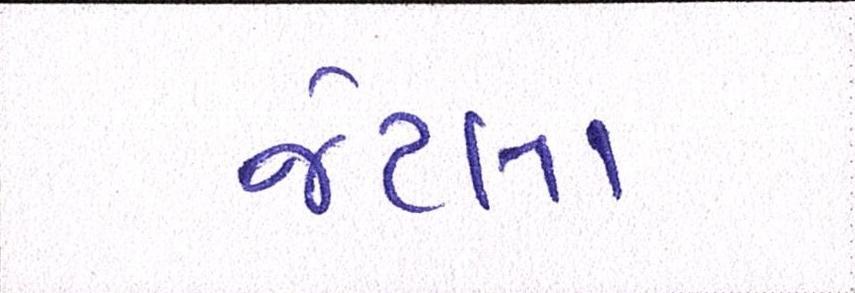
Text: જેટલા